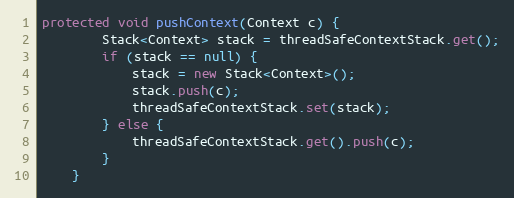
Language: Java
protected void pushContext(Context c) {
		Stack<Context> stack = threadSafeContextStack.get();
		if (stack == null) {
			stack = new Stack<Context>();
			stack.push(c);
			threadSafeContextStack.set(stack);
		} else {
			threadSafeContextStack.get().push(c);
		}
	}